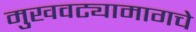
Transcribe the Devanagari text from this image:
मुखवट्यामागचे